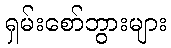
ရှမ်းစော်ဘွားများ